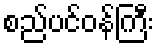
စည်ပင်ဝန်ကြီး